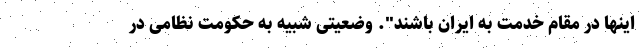
اینها در مقام خدمت به ایران باشند". وضعیتی شبیه به حکومت نظامی در